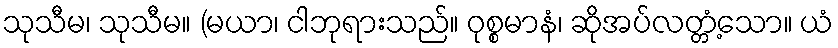
သုသီမ၊ သုသီမ။ (မယာ၊ ငါဘုရားသည်။ ဝုစ္စမာနံ၊ ဆိုအပ်လတ္တံ့သော။ ယံ